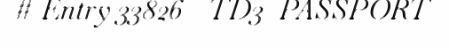
# Entry 33826 - TD3_PASSPORT